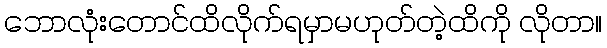
ဘောလုံးတောင်ထိလိုက်ရမှာမဟုတ်တဲ့ထိကို လိုတာ။